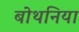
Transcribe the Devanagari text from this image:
बोथनिया